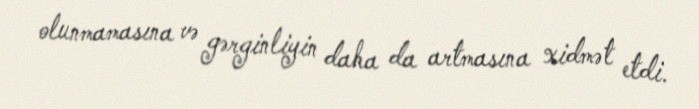
olunmamasına və gərginliyin daha da artmasına xidmət etdi.